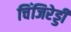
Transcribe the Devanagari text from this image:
चिंजिरेड्डी